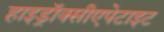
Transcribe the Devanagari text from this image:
हाइड्रॉक्सीएपेटाइट